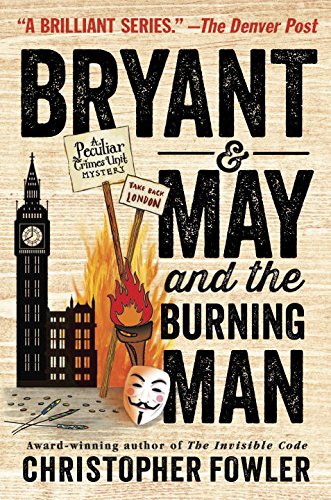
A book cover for Bryant & May and the Burning Man: A Peculiar Crimes Unit Mystery; Christopher Fowler; Mystery, Thriller & Suspense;